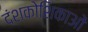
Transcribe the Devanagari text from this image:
दंशकोशिकाओं